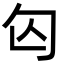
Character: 匃